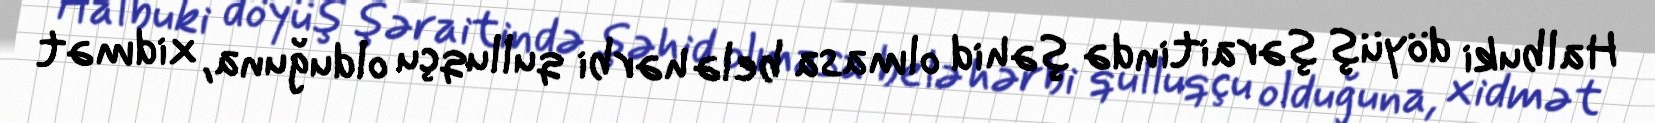
Halbuki döyüş şəraitində şəhid olmasa belə hərbi qulluqçu olduğuna, xidmət